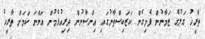
ތާރީޚު ގަލުގެ ޒަމާނުން ފެށިގެން ކަޒަކިސްތާނުގައި އިންސާނުން ދިރިއުޅެމުން އަންނަ ކަމަށް ތާރީޚު